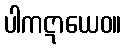
ပါကဋာယေဝ။